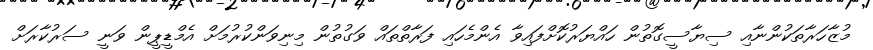
މުޒާހަރާތަކުންނާއި ސިޔާސީގޮތުން ހައްޔަރުކޮށްފައިވާ އެންމެހައި ފަރާތްތައް ވަގުތުން މިނިވަންކުރުމަށް އެމްޑީޕީން ވަނީ ސަރުކާރަށް